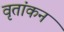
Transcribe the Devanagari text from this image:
वृतांकन